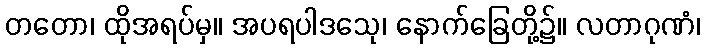
တတော၊ ထိုအရပ်မှ။ အပရပါဒသေု၊ နောက်ခြေတို့၌။ လတာဂုဏံ၊